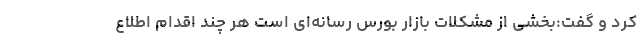
کرد و گفت:بخشی از مشکلات بازار بورس رسانه‌ای است هر چند اقدام اطلاع